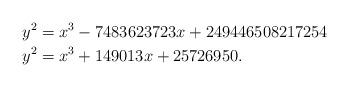
LaTeX: \begin{align*}& & y^2 &= x^3 - 7483623723 x + 249446508217254\\& & y^2 &= x^3 + 149013 x + 25726950.\end{align*}